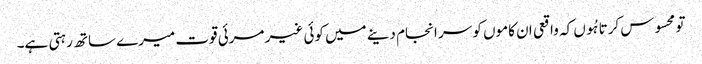
تو محسوس کرتا ہُوں کہ واقعی ان کاموں کو سر انجام دینے میں کوئی غیر مرئی قوت میرے ساتھ رہتی ہے۔